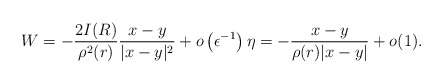
\begin{align*}W = -\frac{2I(R)}{\rho^2(r)}\frac{x-y}{|x-y|^2}+o\left(\epsilon^{-1}\right) \eta = - \frac{x-y}{\rho(r)|x-y|} + o(1).\end{align*}